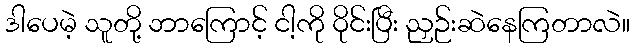
ဒါပေမဲ့ သူတို့ ဘာကြောင့် ငါ့ကို ဝိုင်းပြီး ညှဉ်းဆဲနေကြတာလဲ။